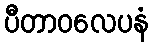
ပီတာဝလေပနံ